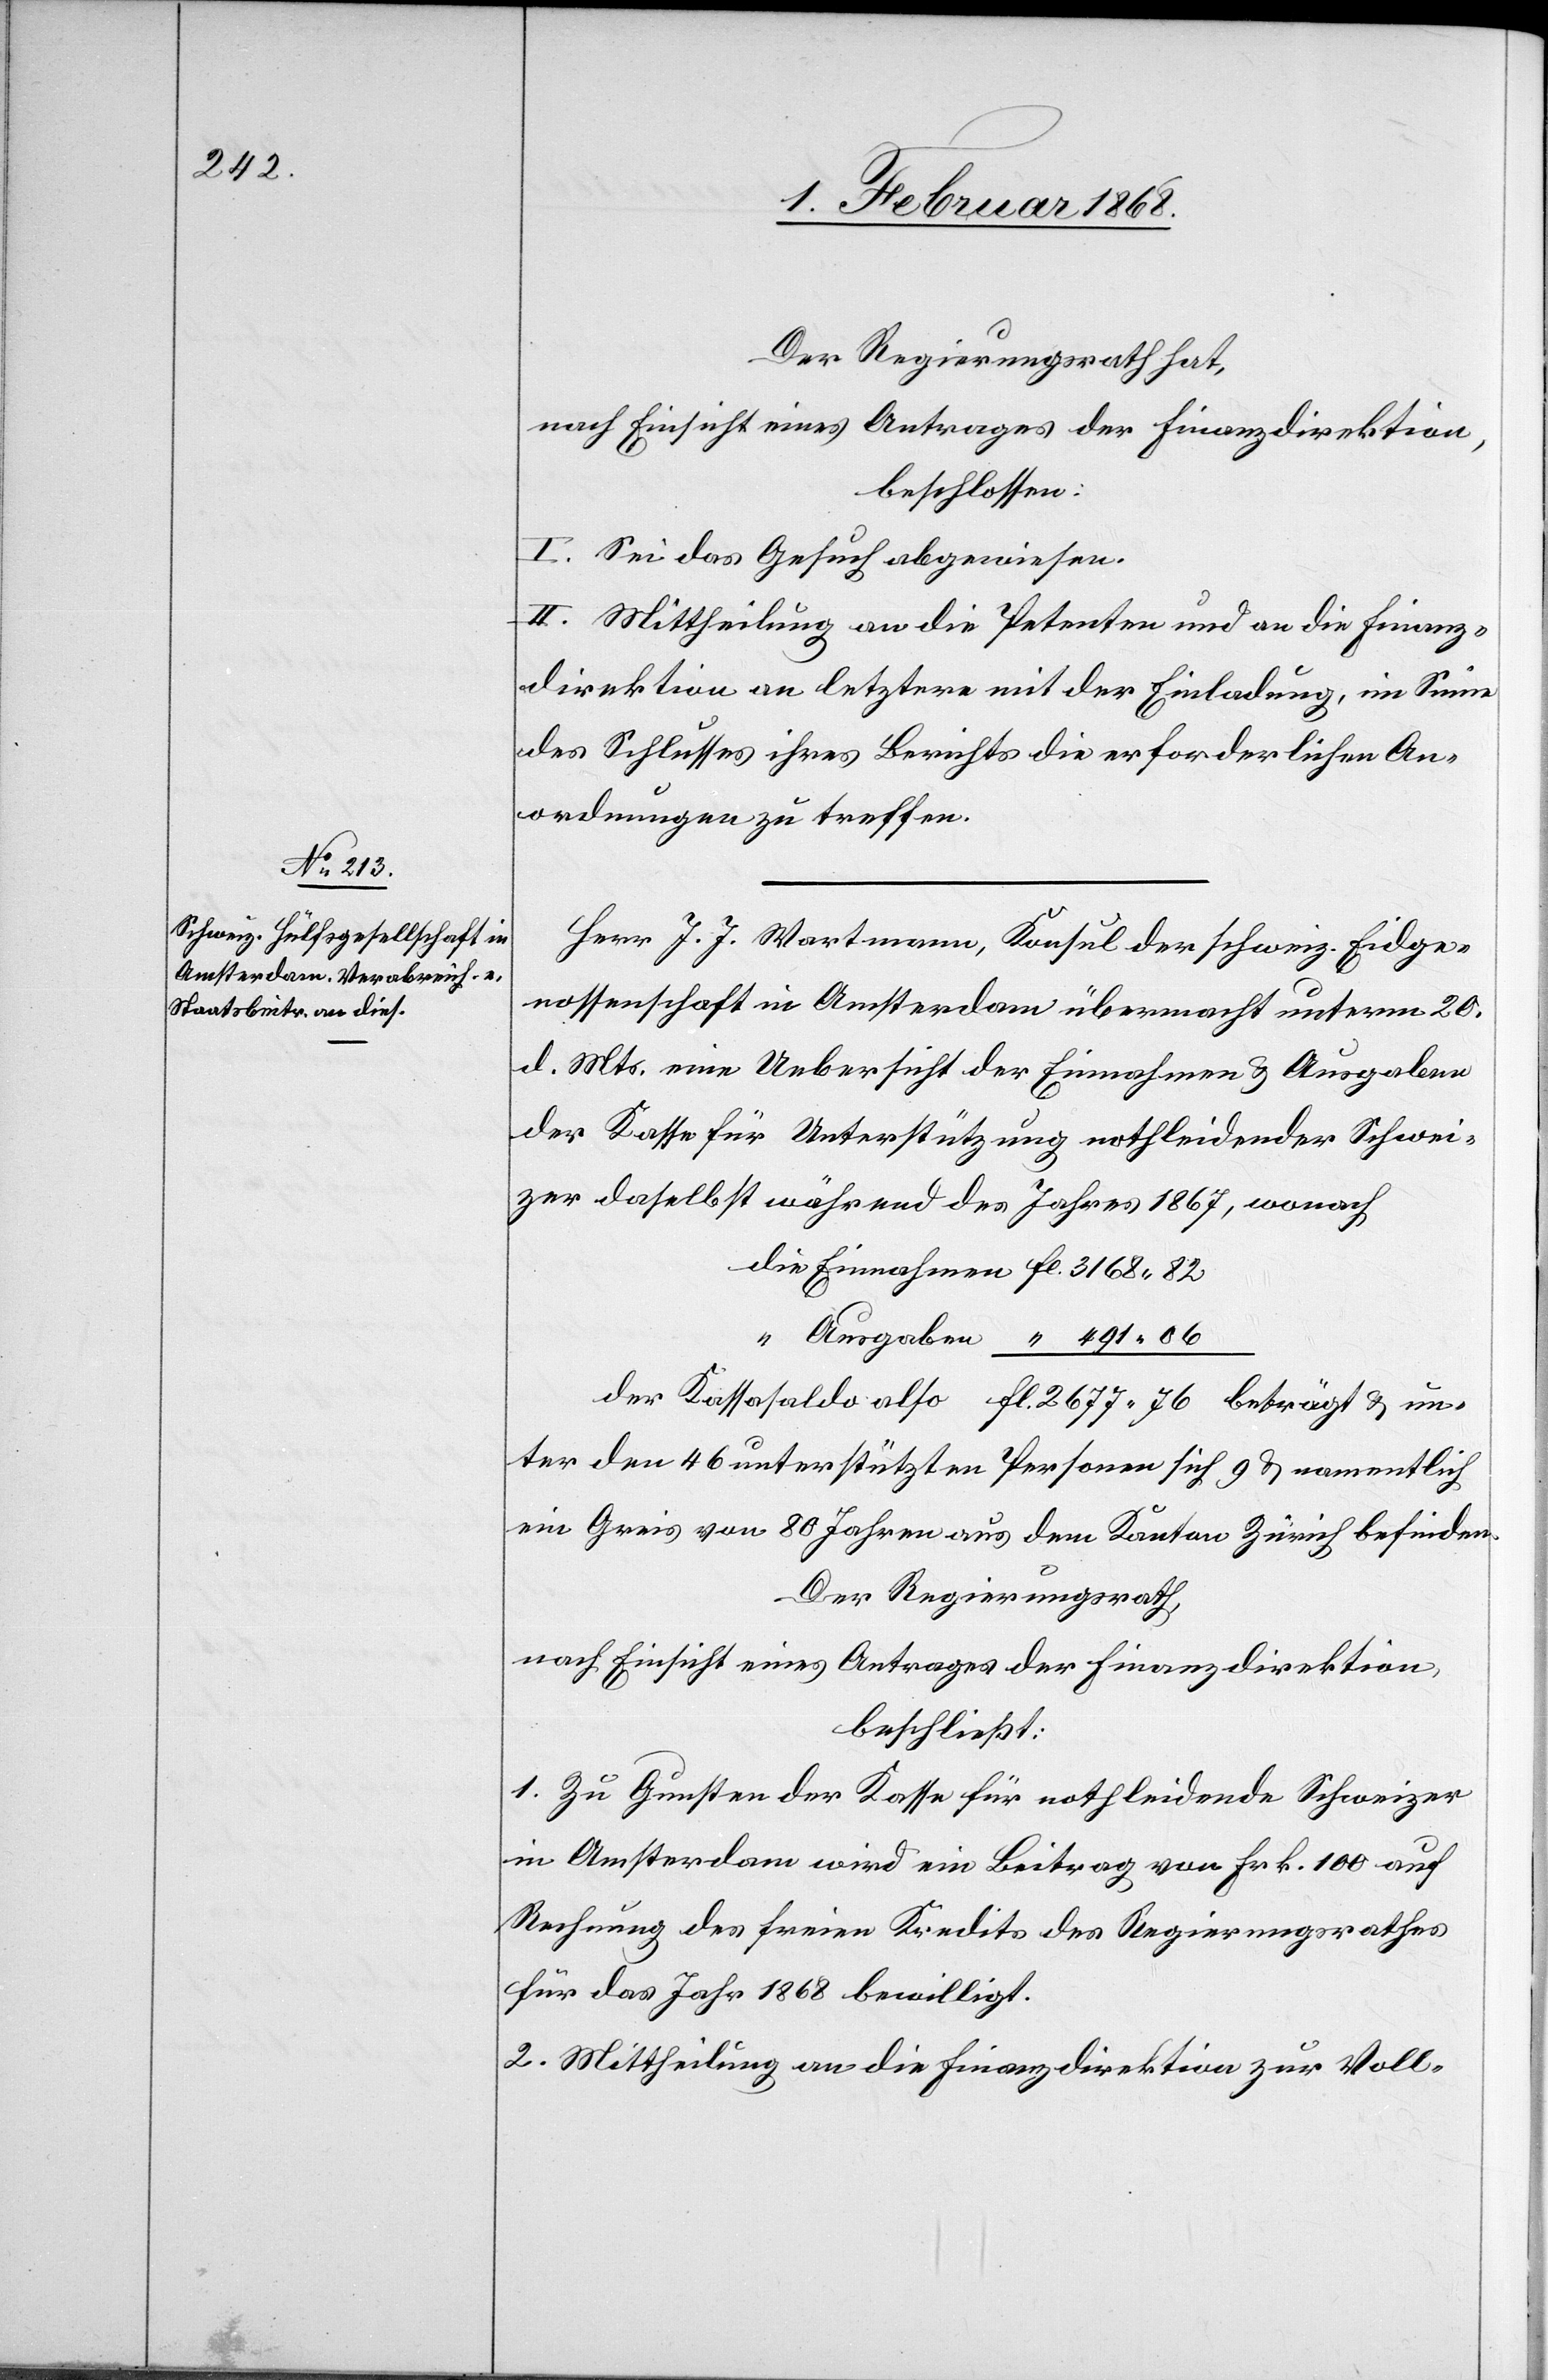
2677.

Der Regierungsrath hat,
nach Einsicht eines Antrages der Finanzdirektion,
beschlossen:
I. Sei das Gesuch abgewiesen.
II. Mittheilung an die Petenten und an die Finanz¬
direktion an letztere mit der Einladung, im Sinne
des Schlusses ihres Berichts die erforderlichen An¬
ordnungen zu treffen.
Herr J. J. Wartmann, Konsul der schweiz. Eidge¬
nossenschaft in Amsterdam übermacht unterm 20.
d. Mts. eine Uebersicht der Einnahmen & Ausgaben
der Kasse für Unterstützung nothleidender Schwei¬
zer daselbst während des Jahres 1867, wonach
den 46 unterstützten Personen sich 9 & namentlich
ein Greis von 80 Jahren aus dem Kanton Zürich befinden.
Der Regierungsrath,
nach Einsicht eines Antrages der Finanzdirektion,
beschließt:
1. Zu Gunsten der Kasse für nothleidende Schweizer
in Amsterdam wird ein Beitrag von Frk. 100 auf
Rechnung des freien Kredits des Regierungsrathes
für das Jahr 1868 bewilligt.
2. Mittheilung an die Finanzdirektion zur Voll-